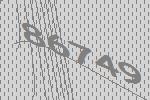
86749